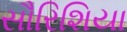
સૌરિશિયા